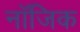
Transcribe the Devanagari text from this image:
नॉजिक